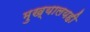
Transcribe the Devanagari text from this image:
मुख्यालयही